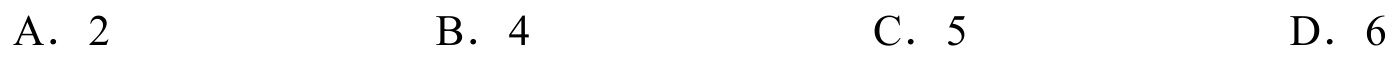
A．\(2\)  B．\(4\)  C．\(5\)  D．\(6\)